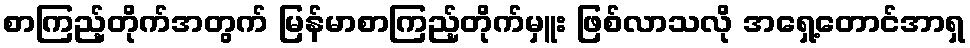
စာကြည့်တိုက်အတွက် မြန်မာစာကြည့်တိုက်မှူး ဖြစ်လာသလို အရှေ့တောင်အာရှ